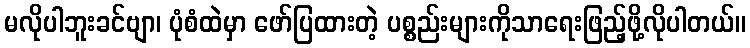
မလိုပါဘူးခင်ဗျာ၊ ပုံစံထဲမှာ ဖော်ပြထားတဲ့ ပစ္စည်းများကိုသာရေးဖြည့်ဖို့လိုပါတယ်။